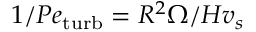
1 / P e _ { \mathrm { t u r b } } = R ^ { 2 } \Omega / H v _ { s }